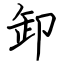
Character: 卸